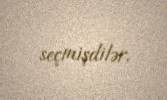
seçmişdilər.